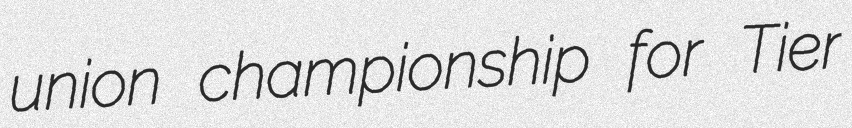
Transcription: union championship for Tier